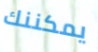
يمكننك